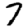
Digit: 7